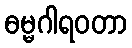
ဓမ္မဂါရဝတာ